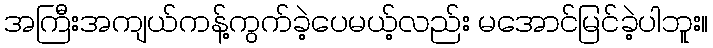
အကြီးအကျယ်ကန့်ကွက်ခဲ့ပေမယ့်လည်း မအောင်မြင်ခဲ့ပါဘူး။